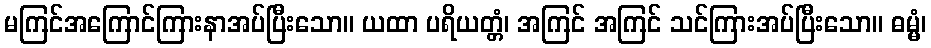
မကြင်အကြောင်ကြားနာအပ်ပြီးသော။ ယထာ ပရိယတ္တံ၊ အကြင် အကြင် သင်ကြားအပ်ပြီးသော။ ဓမ္မံ၊